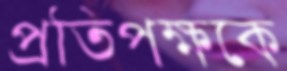
প্রতিপক্ষকে